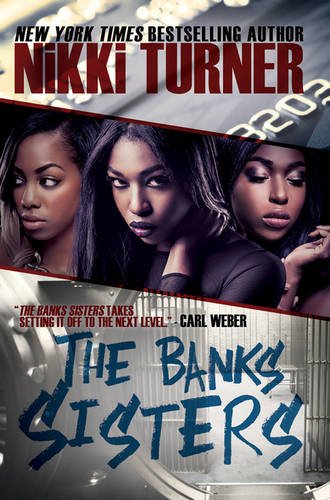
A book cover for The Banks Sisters; Nikki Turner; Literature & Fiction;